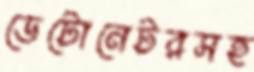
ডেটোনেটরসহ